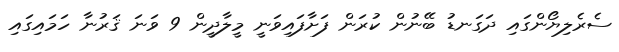
ސެރެލިޔޯންގައި ދަގަނޑު ބޭނުން ކުރަން ފަށާފައިވަނީ މީލާދީން 9 ވަނަ ޤަރުނާ ހަމައިގައި